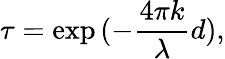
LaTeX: \tau=\exp{(-\frac{4\pi k}{\lambda}d)},